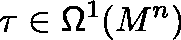
\tau \in \mathsf { \Omega } ^ { 1 } ( M ^ { n } )